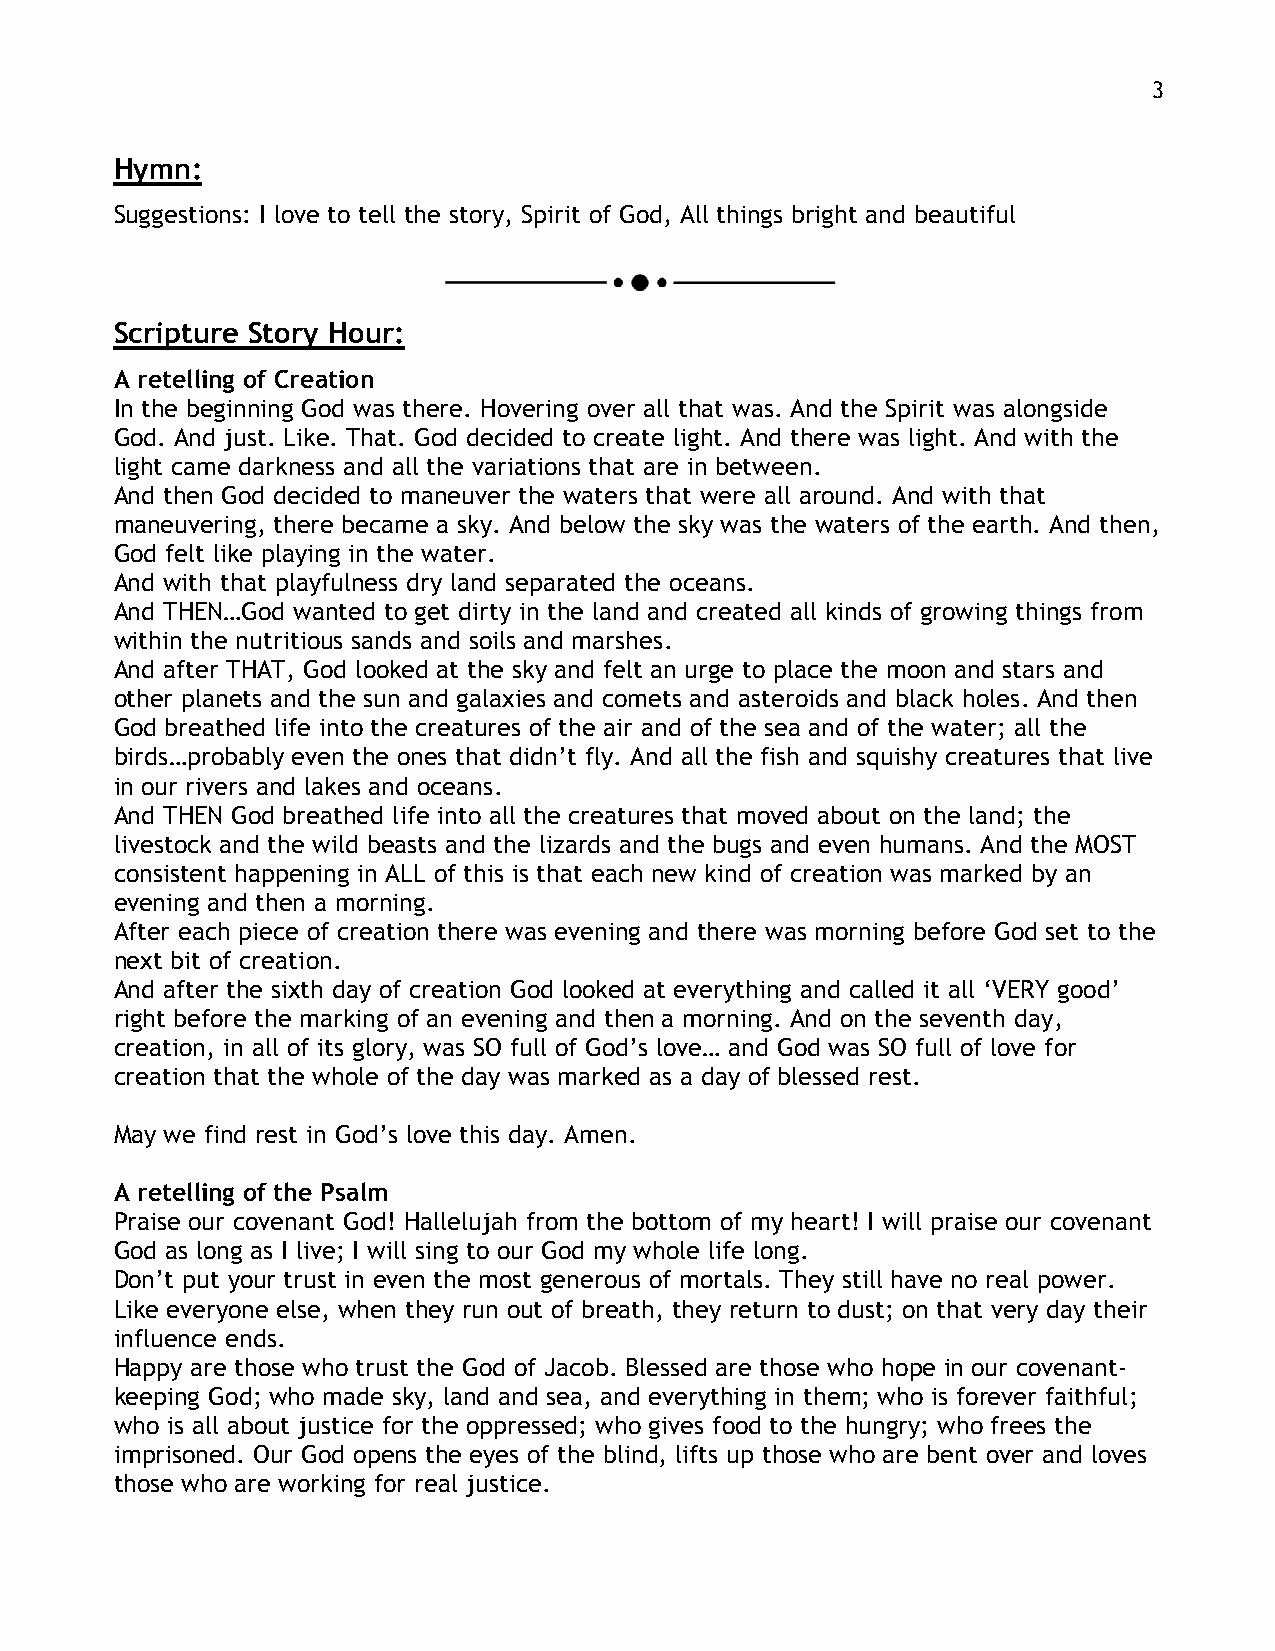
3
 Hymn:
 Suggestions: I love to tell the story, Spirit of God, All things bright and beautiful
 Scripture Story Hour:
 A retelling of Creation
 In the beginning God was there. Hovering over all that was. And the Spirit was alongside
 God. And just. Like. That. God decided to create light. And there was light. And with the
 light came darkness and all the variations that are in between.
 And then God decided to maneuver the waters that were all around. And with that
 maneuvering, there became a sky. And below the sky was the waters of the earth. And then,
 God felt like playing in the water.
 And with that playfulness dry land separated the oceans.
 And THEN…God wanted to get dirty in the land and created all kinds of growing things from
 within the nutritious sands and soils and marshes.
 And after THAT, God looked at the sky and felt an urge to place the moon and stars and
 other planets and the sun and galaxies and comets and asteroids and black holes. And then
 God breathed life into the creatures of the air and of the sea and of the water; all the
 birds…probably even the ones that didn’t fly. And all the fish and squishy creatures that live
 in our rivers and lakes and oceans.
 And THEN God breathed life into all the creatures that moved about on the land; the
 livestock and the wild beasts and the lizards and the bugs and even humans. And the MOST
 consistent happening in ALL of this is that each new kind of creation was marked by an
 evening and then a morning.
 After each piece of creation there was evening and there was morning before God set to the
 next bit of creation.
 And after the sixth day of creation God looked at everything and called it all ‘VERY good’
 right before the marking of an evening and then a morning. And on the seventh day,
 creation, in all of its glory, was SO full of God’s love… and God was SO full of love for
 creation that the whole of the day was marked as a day of blessed rest.
 May we find rest in God’s love this day. Amen.
 A retelling of the Psalm
 Praise our covenant God! Hallelujah from the bottom of my heart! I will praise our covenant
 God as long as I live; I will sing to our God my whole life long.
 Don’t put your trust in even the most generous of mortals. They still have no real power.
 Like everyone else, when they run out of breath, they return to dust; on that very day their
 influence ends.
 Happy are those who trust the God of Jacob. Blessed are those who hope in our covenant-
 keeping God; who made sky, land and sea, and everything in them; who is forever faithful;
 who is all about justice for the oppressed; who gives food to the hungry; who frees the
 imprisoned. Our God opens the eyes of the blind, lifts up those who are bent over and loves
 those who are working for real justice.